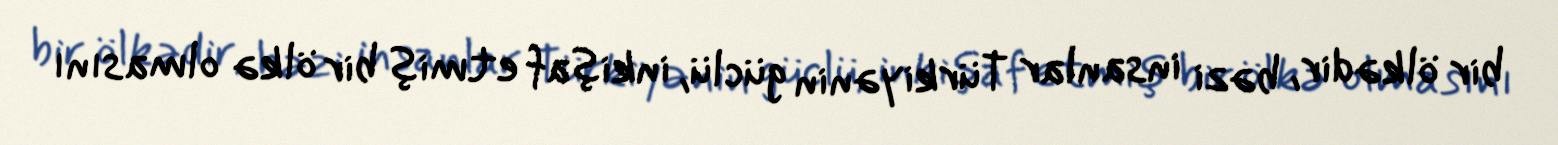
bir ölkədir, bəzi insanlar Türkiyənin güclü, inkişaf etmiş bir ölkə olmasını